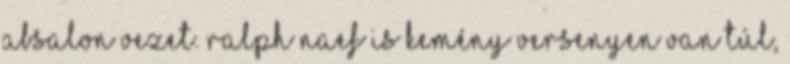
Absalon vezet. Ralph Naef is kemény versenyen van túl,